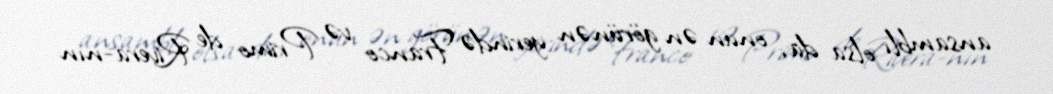
ansamblı olsa da, onun ən görünən yerində Franco və Primo de Rivera-nın